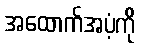
အထောက်အပံ့ကို